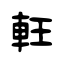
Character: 軖